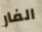
الفار